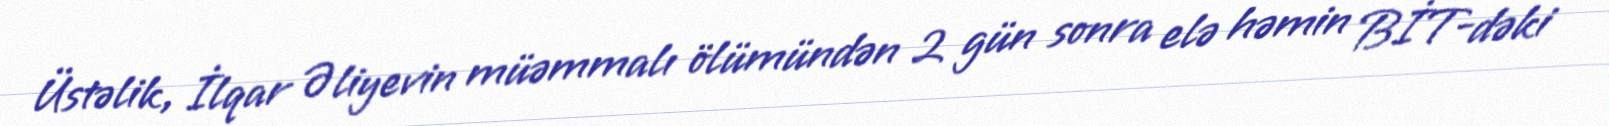
Üstəlik, İlqar Əliyevin müəmmalı ölümündən 2 gün sonra elə həmin BİT-dəki